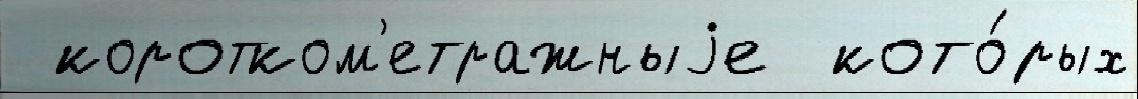
 коротком'етражныjе  кото́рых